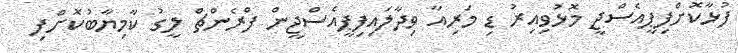
ފުޅާކޮށްފިޕީއެސްޖީ މޮޅުވިއިރު ޑި މަރިއާ ވިދާލައިފިޕީއެސްޖީން ފްރެންޗް ލީގު ކާމިޔާބުކޮށްފި